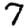
Digit: 7